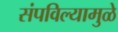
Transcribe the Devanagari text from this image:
संपविल्यामुळे